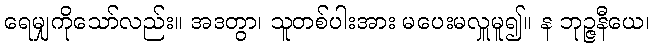
ရေမျှကိုသော်လည်း။ အဒတွာ၊ သူတစ်ပါးအား မပေးမလှူမူ၍။ န ဘုဉ္ဇနီယေ၊